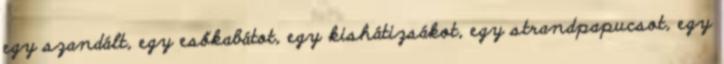
egy szandált, egy esőkabátot, egy kishátizsákot, egy strandpapucsot, egy